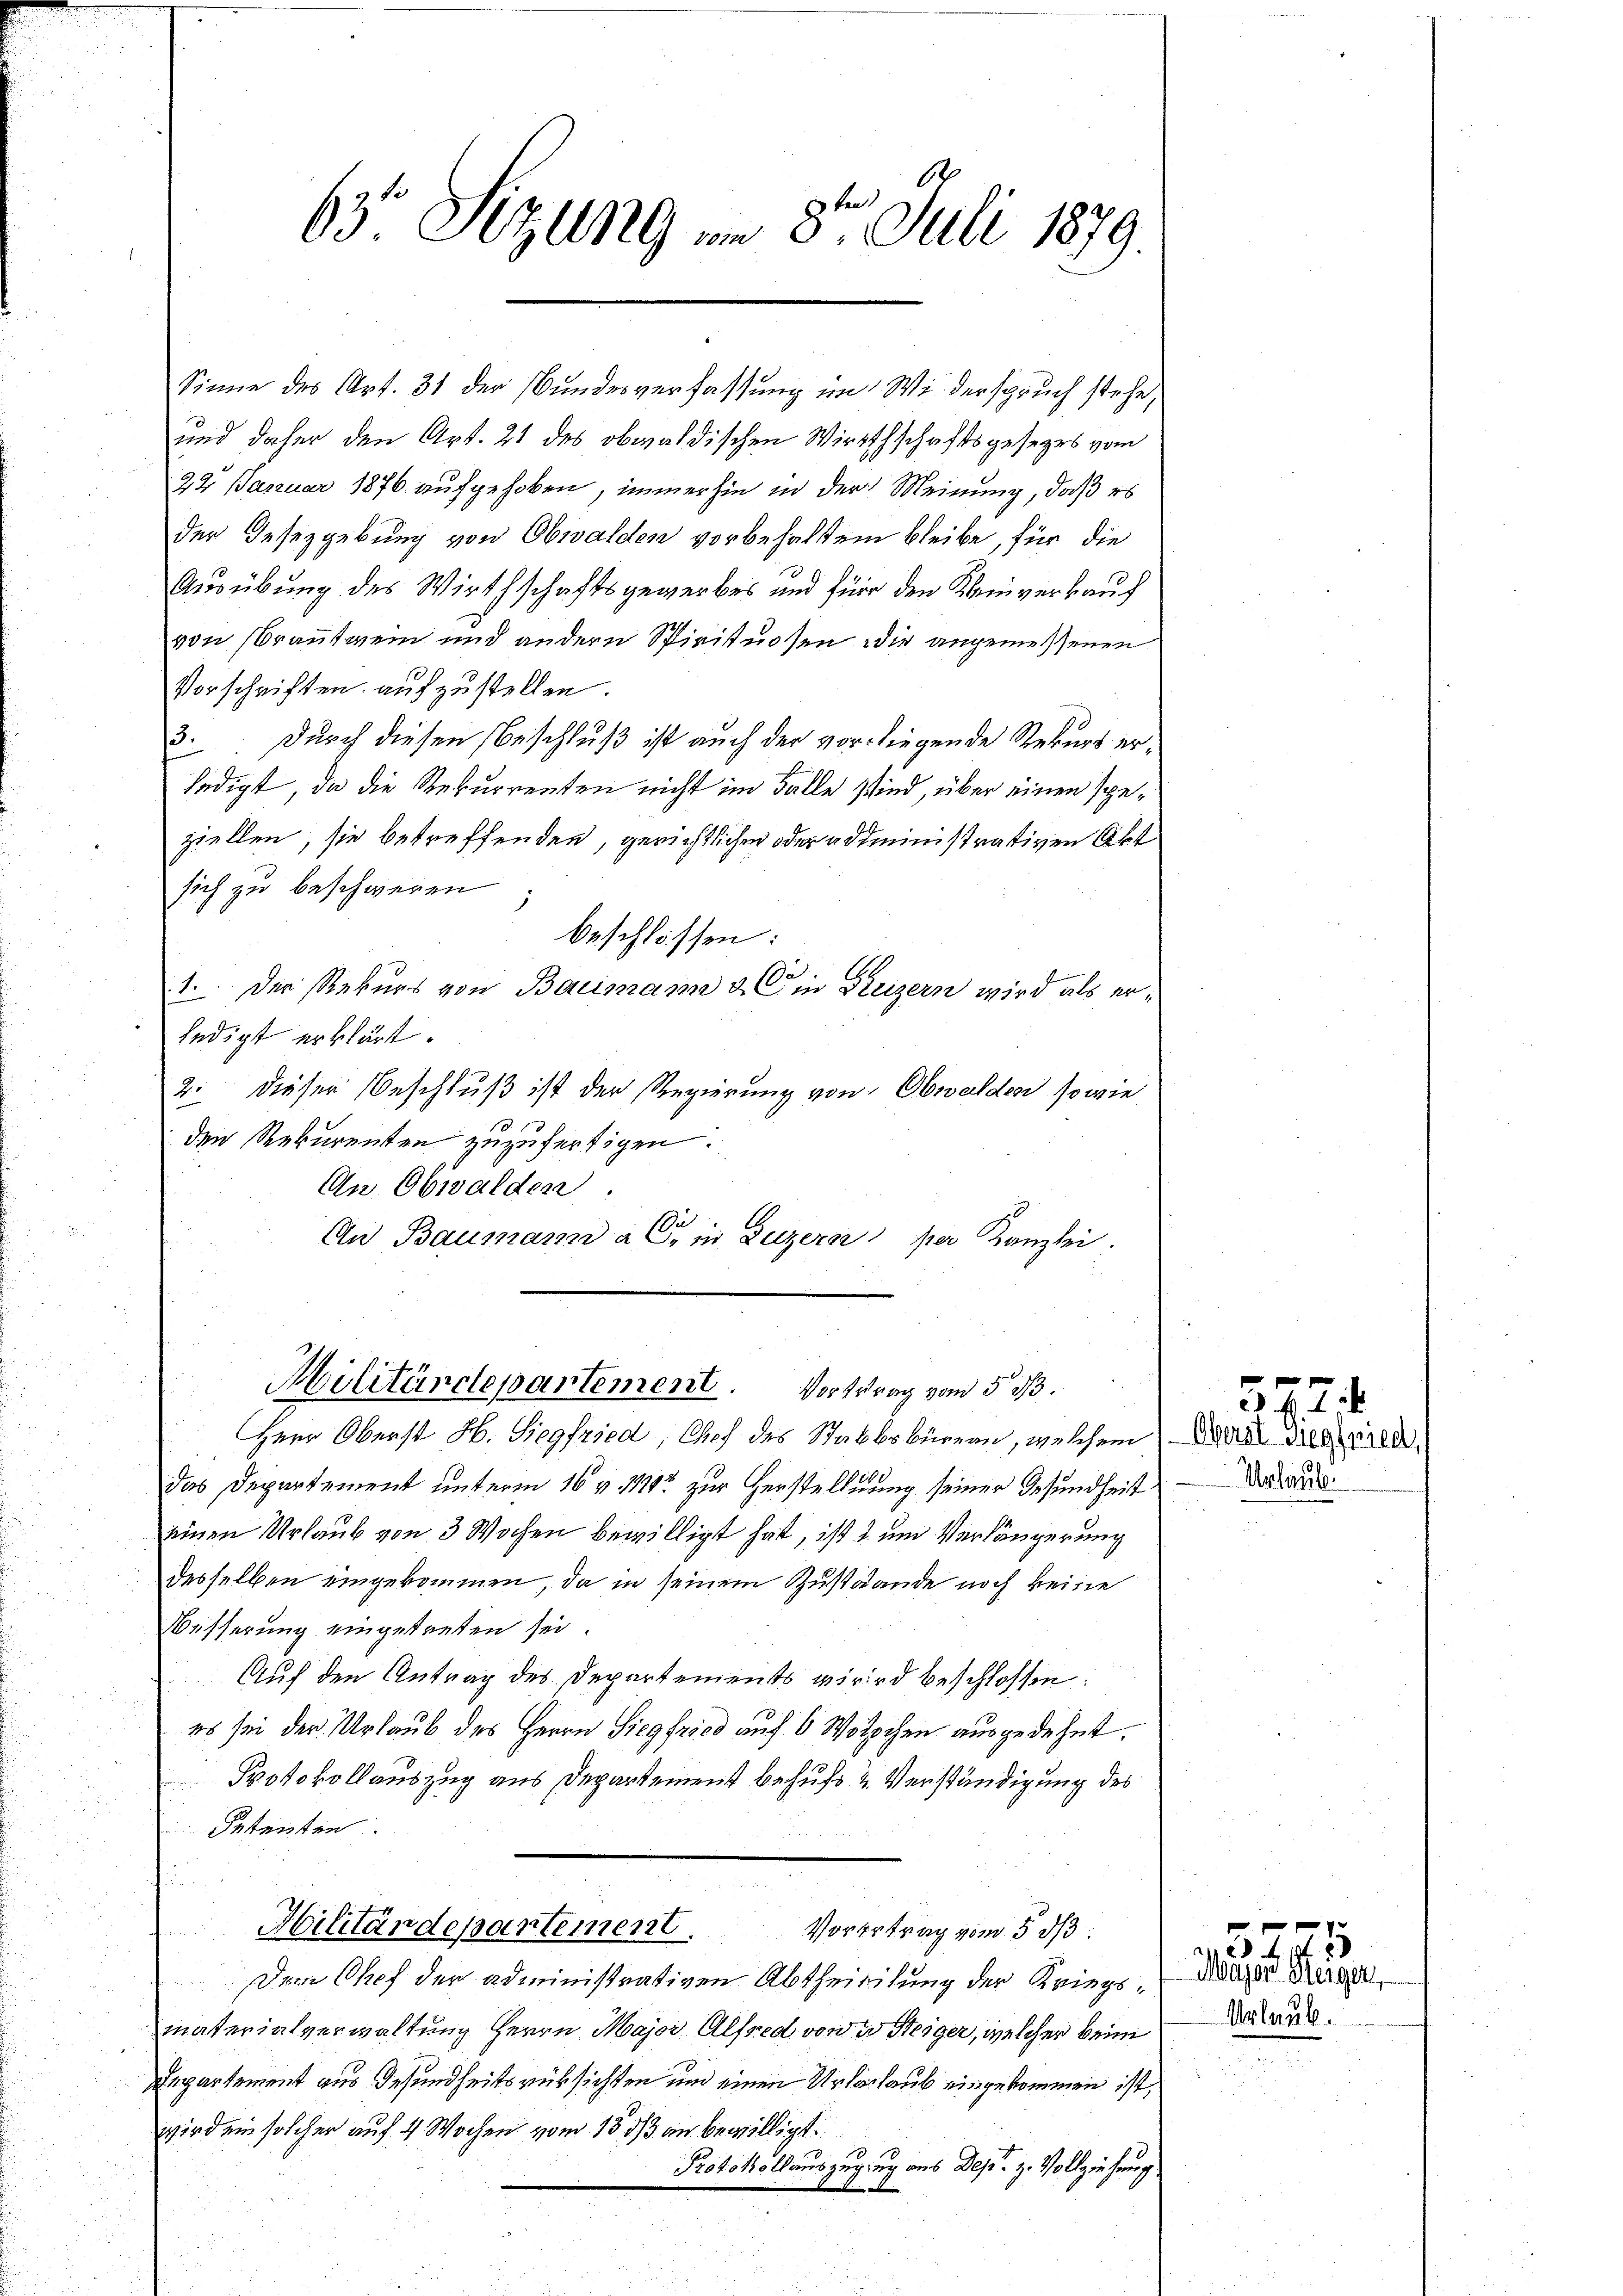
63o Sitzung im 3te͇n Juli 1879.

Sinne des Art. 31 der Bundesverfassung im Widerspruch stehe,
und daher den Art. 21 des obwaldischen Wirthschaftsgesezes vom
22 Januar 1876 aufgehoben, immerhin in der Meinung, daß es
der Gesezgebung von Obwalden vorbehalten bleibe, für die
Ausübung des Wirthschaftsgewerbes und für den Kleinverkauf
von Brautwein und andern Spirituosen wir angemessenen
Vorschriften aufzustellen.
3. Durch diesen Beschluß ist auch der vorliegende Rekurs erledigt, da die Rekurrenten nicht im Falle sind, über einen speziellen, sie betreffenden, gerichtlichen oder administrativen Akt
sich zu beschweren
beschlossen:
a
1. Der Rekurs von Baumann u. Am Freizern wird als erledigt erklärt.
2: Dieser Beschluß ist der Regierung von Obwalden, sowie
den Rekurenten zuzufertigen.
An Obwalden.
An Baumann a. in Luzern per Kanzlei

Militärdepartement. Vortrag vom 5. d.

Herr Oberst H. Siegfried, Chef des Stabbsbürern, welchem Damit de
Das Departement unterm 16 v. 114 zur Herstellung seiner Gesundheit
einen Urlaub von 3 Wochen bewilligt hat, ist & um Verlängerung
desselben eingekommen, da in seinem Zustände noch keine
Wässerung eingetreten sei.
Auf den Antrag des Departements wird beschlossen:
es sei der Urlaub des Herrn Siegfried auf 6 Wotschen ausgedehnt.
Protokollauszug aus Departement behufs & Verständigung des
Petenten
.
Hilitärdepartement.
Vorertrag vom 5. ds.
Dem Chef der administrativen Abtheiligung der Kriegsmaterialverwaltung Herrn Major Alfred von 2 Steiger, welcher beim
Departement aus Gesundheitsrüksichten und einen Urlarlaub eingekommen ist,
wird ein solcher auf 4 Wochen vom 18. ds an bewilligt.
Protokollauszugung aus Des z. Vollziehung

Urlaube.

f 0 x
 414
Major Herger
Urlaub.

5724